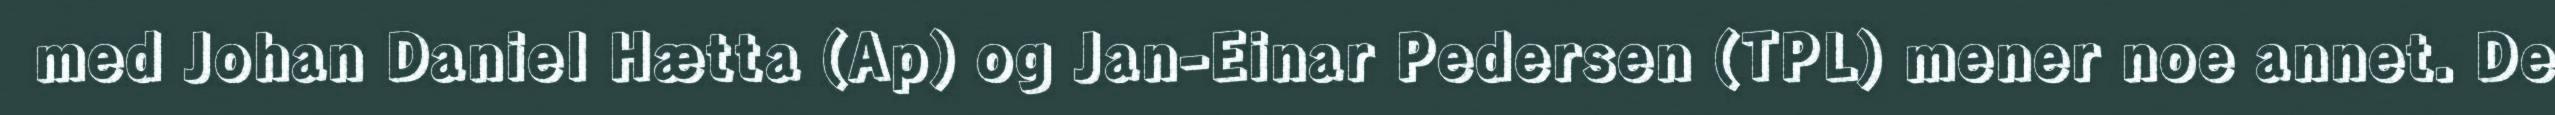
med Johan Daniel Hætta (Ap) og Jan-Einar Pedersen (TPL) mener noe annet. De